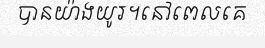
បានយ៉ាងយូរ។នៅពេលគេ